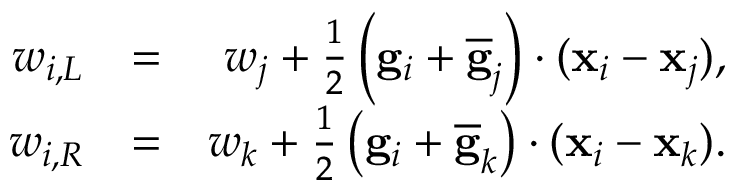
\begin{array} { r l r } { w _ { i , L } } & { = } & { w _ { j } + \frac { 1 } { 2 } \left( { \bf g } _ { i } + \overline { { \bf g } } _ { j } \right) \cdot ( { \bf x } _ { i } - { \bf x } _ { j } ) , } \\ { w _ { i , R } } & { = } & { w _ { k } + \frac { 1 } { 2 } \left( { \bf g } _ { i } + \overline { { \bf g } } _ { k } \right) \cdot ( { \bf x } _ { i } - { \bf x } _ { k } ) . } \end{array}